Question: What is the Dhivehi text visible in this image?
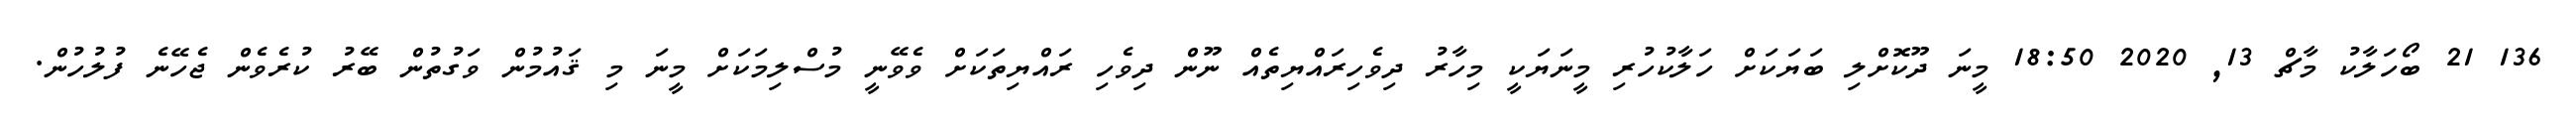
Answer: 136 21 ބޯހަލާކު މާޗް 13, 2020 18:50 މީނަ ދޫކޮށްލި ބަޔަކަށް ހަލާކުހުރި މީނަޔަކީ މިހާރު ދިވެހިރައްޔިތެއް ނޫން ދިވެހި ރައްޔިތަކަށް ވެވޭނީ މުސްލިމަކަށް މީނަ މި ޤައުމުން ވަގުތުން ބޭރު ކުރެވެން ޖެހޭނެ ފުލުހުން.